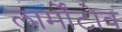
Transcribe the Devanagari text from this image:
लार्मोंटोव